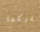
لكليكما